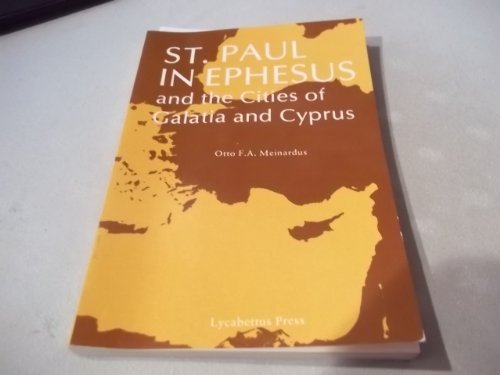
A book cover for St.Paul in Ephesus and the Cities of Galatia and Cyprus (In the footsteps of the saints); Otto F. Meinardus; Travel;